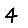
Digit: 4